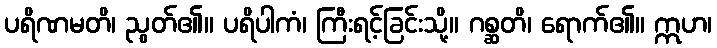
ပရိဏမတိ၊ ညွတ်၏။ ပရိပါကံ၊ ကြီးရင့်ခြင်းသို့။ ဂစ္ဆတိ၊ ရောက်၏။ ဣဟ၊